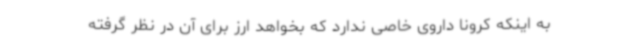
به اینکه کرونا داروی خاصی ندارد که بخواهد ارز برای آن در نظر گرفته